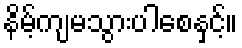
နိမ့်ကျမသွားပါစေနှင့်။